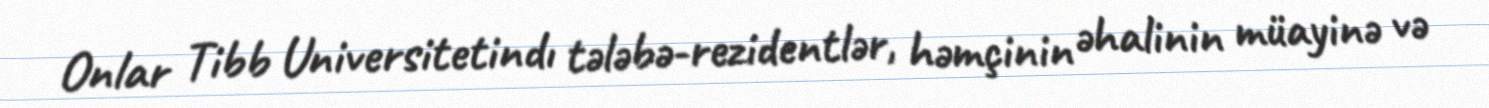
Onlar Tibb Universitetindı tələbə-rezidentlər, həmçinin əhalinin müayinə və